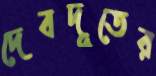
দেবদূতের